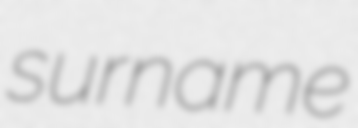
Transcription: surname